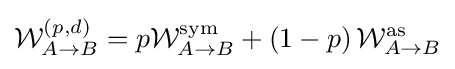
{\mathcal {W}}_{A\rightarrow B}^{\left(p,d\right)}=p{\mathcal {W}}_{A\rightarrow B}^{\text{sym}}+\left(1-p\right){\mathcal {W}}_{A\rightarrow B}^{\text{as}}